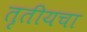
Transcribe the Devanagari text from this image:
तृतीयचा